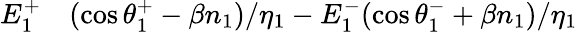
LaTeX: \begin{array}{rl}{E_{1}^{+}}&{{}(\cos\theta_{1}^{+}-\beta n_{1})/\eta_{1}-E_{1}^{-}(\cos\theta_{1}^{-}+\beta n_{1})/\eta_{1}}\end{array}